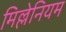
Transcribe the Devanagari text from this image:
मिल्लेनियम